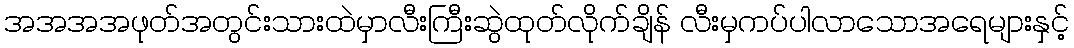
အအအအဖုတ်အတွင်းသားထဲမှာလီးကြီးဆွဲထုတ်လိုက်ချိန် လီးမှကပ်ပါလာသောအရေများနှင့်